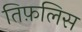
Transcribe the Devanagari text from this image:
तिफ़लिस